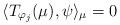
LaTeX: \begin{align*}\langle T_{\varphi_j}(\mu),\psi\rangle_{\mu}=0\end{align*}